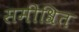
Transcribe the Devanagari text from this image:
समीश्रित